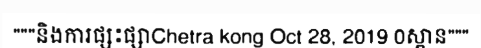
"""និងការផ្សះផ្សាChetra kong Oct 28, 2019 0ស្ពាន"""